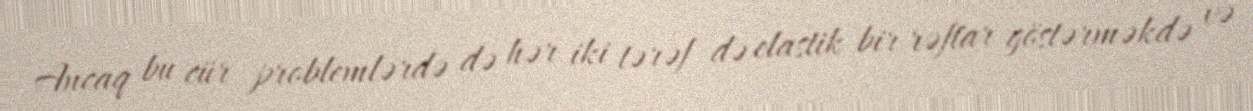
Ancaq bu cür problemlərdə də hər iki tərəf də elastik bir rəftar göstərməkdə və